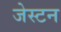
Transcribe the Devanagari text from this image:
जेस्टन